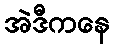
အဲဒီကနေ